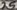
Text: 25